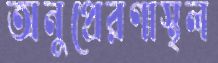
অনুপ্রেরণাস্থল